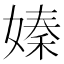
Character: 嫀